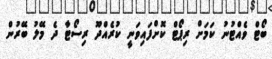
ބޯޓް ވެއްޓުނު ކަމަށް ރިޕޯޓް ކޮށްފައިވަނީ ކުރެއްދޫ ރިސޯޓާ ދެ މޭލު ބޭރުން